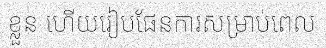
ខ្លួន ហើយរៀបផែនការសម្រាប់ពេល